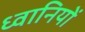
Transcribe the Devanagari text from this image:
ध्वानियों